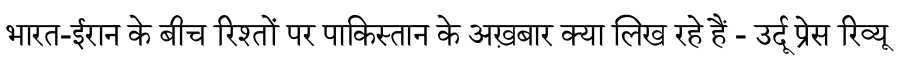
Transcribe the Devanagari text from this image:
भारत-ईरान के बीच रिश्तों पर पाकिस्तान के अख़बार क्या लिख रहे हैं - उर्दू प्रेस रिव्यू